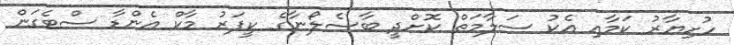
ހުށިޔާރު ކަމާއި އެކު ސަލާމަތް ކޮށްދީ ބާސެލޯނާގެ ކީޕަރު މާކް އެންޑާ ސްޓެގަން